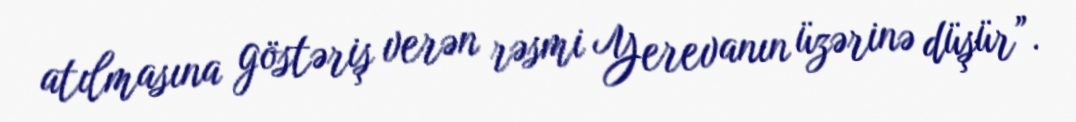
atılmasına göstəriş verən rəsmi Yerevanın üzərinə düşür”.